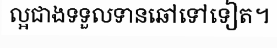
ល្អជាងទទួលទានឆៅទៅទៀត។